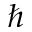
\hbar